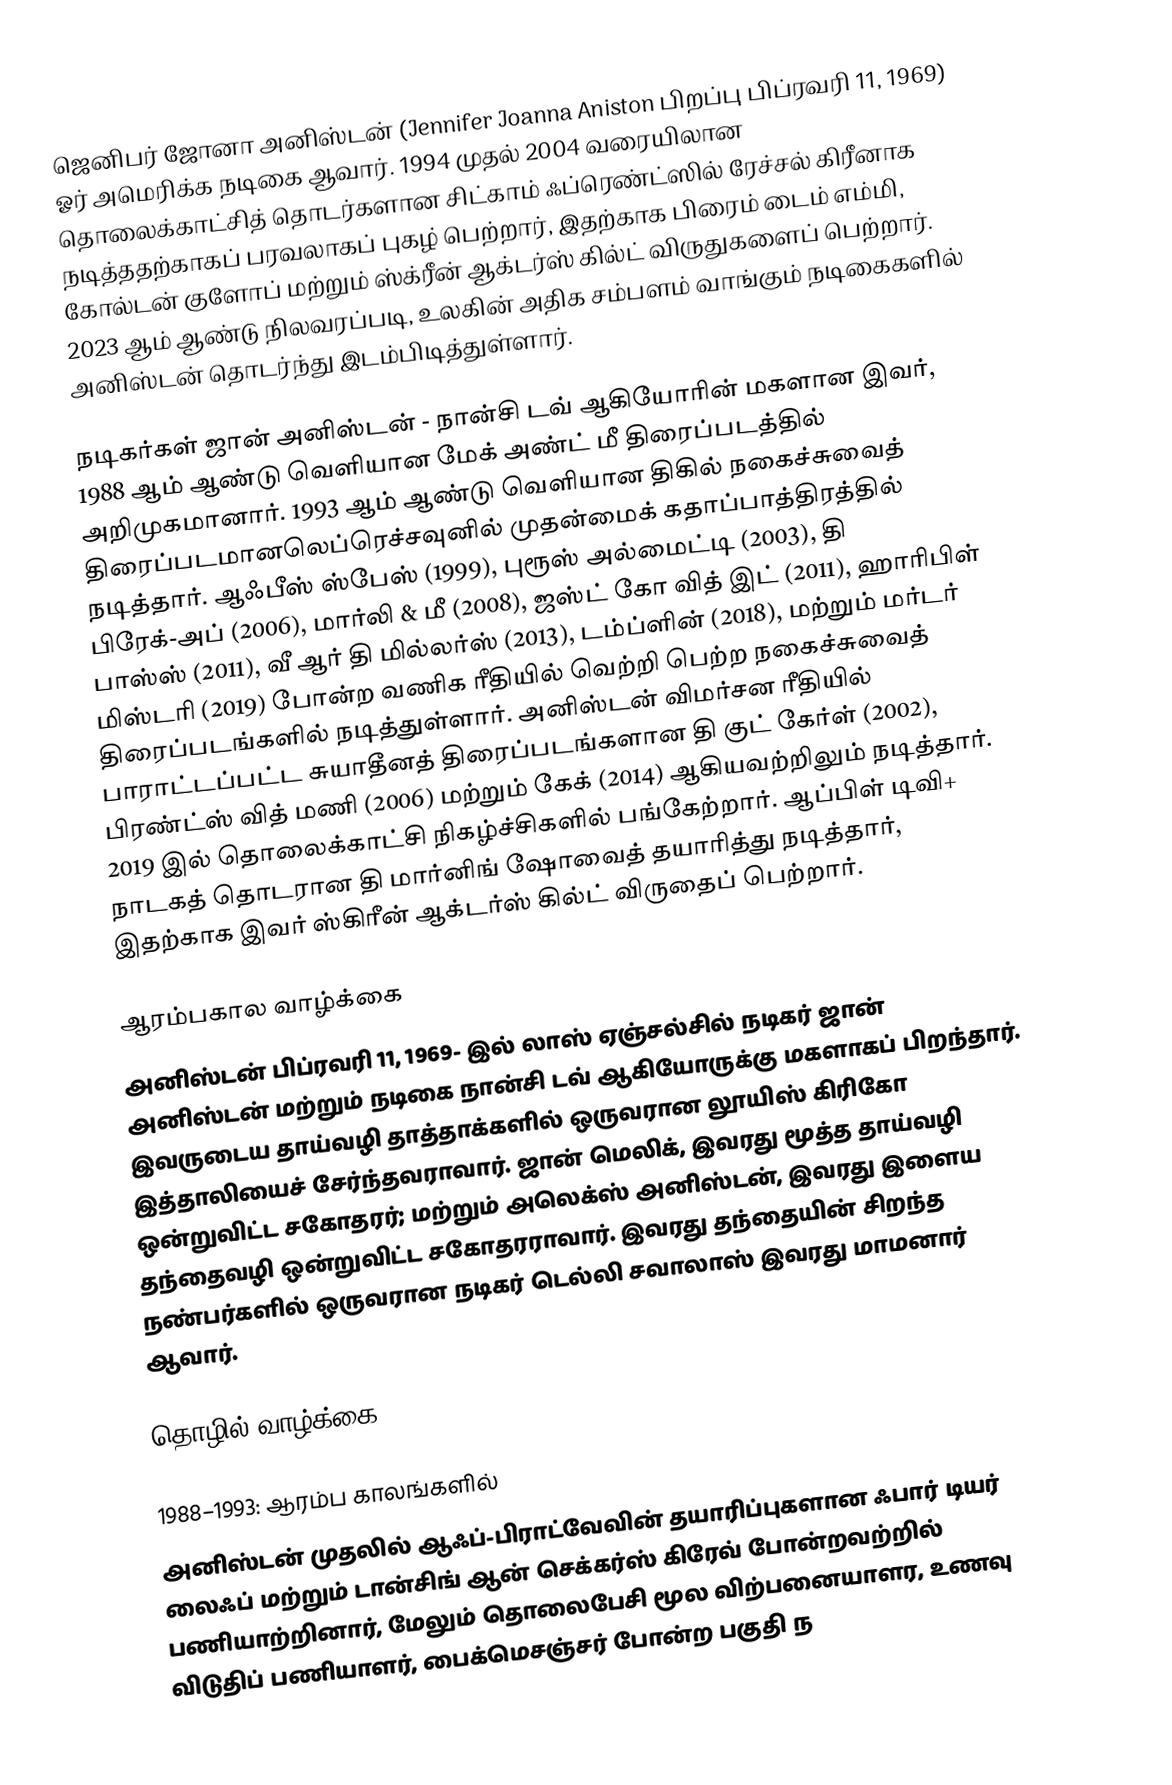
ஜெனிபர் ஜோனா அனிஸ்டன் (Jennifer Joanna Aniston பிறப்பு பிப்ரவரி 11, 1969) ஓர் அமெரிக்க நடிகை ஆவார். 1994 முதல் 2004 வரையிலான தொலைக்காட்சித் தொடர்களான சிட்காம் ஃப்ரெண்ட்ஸில் ரேச்சல் கிரீனாக நடித்ததற்காகப் பரவலாகப் புகழ் பெற்றார், இதற்காக பிரைம் டைம் எம்மி, கோல்டன் குளோப் மற்றும் ஸ்க்ரீன் ஆக்டர்ஸ் கில்ட் விருதுகளைப் பெற்றார். 2023 ஆம் ஆண்டு நிலவரப்படி, உலகின் அதிக சம்பளம் வாங்கும் நடிகைகளில் அனிஸ்டன் தொடர்ந்து இடம்பிடித்துள்ளார்.

நடிகர்கள் ஜான் அனிஸ்டன் - நான்சி டவ் ஆகியோரின் மகளான இவர், 1988 ஆம் ஆண்டு வெளியான மேக் அண்ட் மீ  திரைப்படத்தில் அறிமுகமானார். 1993 ஆம் ஆண்டு வெளியான திகில் நகைச்சுவைத் திரைப்படமானலெப்ரெச்சவுனில் முதன்மைக் கதாப்பாத்திரத்தில் நடித்தார். ஆஃபீஸ் ஸ்பேஸ் (1999), புரூஸ் அல்மைட்டி (2003), தி பிரேக்-அப் (2006), மார்லி & மீ (2008), ஜஸ்ட் கோ வித் இட் (2011), ஹாரிபிள் பாஸ்ஸ்  (2011), வீ ஆர் தி மில்லர்ஸ் (2013), டம்ப்ளின் (2018), மற்றும் மர்டர் மிஸ்டரி (2019) போன்ற வணிக ரீதியில் வெற்றி பெற்ற நகைச்சுவைத் திரைப்படங்களில் நடித்துள்ளார். அனிஸ்டன் விமர்சன ரீதியில் பாராட்டப்பட்ட சுயாதீனத் திரைப்படங்களான தி குட் கேர்ள் (2002), பிரண்ட்ஸ் வித் மணி (2006) மற்றும் கேக் (2014) ஆகியவற்றிலும் நடித்தார். 2019 இல் தொலைக்காட்சி நிகழ்ச்சிகளில் பங்கேற்றார். ஆப்பிள் டிவி+ நாடகத் தொடரான தி மார்னிங் ஷோவைத் தயாரித்து நடித்தார், இதற்காக இவர் ஸ்கிரீன் ஆக்டர்ஸ் கில்ட் விருதைப் பெற்றார்.

ஆரம்பகால வாழ்க்கை
அனிஸ்டன் பிப்ரவரி 11, 1969- இல் லாஸ் ஏஞ்சல்சில்    நடிகர் ஜான் அனிஸ்டன் மற்றும் நடிகை நான்சி டவ் ஆகியோருக்கு மகளாகப் பிறந்தார்.  இவருடைய தாய்வழி தாத்தாக்களில் ஒருவரான லூயிஸ் கிரிகோ இத்தாலியைச் சேர்ந்தவராவார்.  ஜான் மெலிக், இவரது மூத்த தாய்வழி ஒன்றுவிட்ட சகோதரர்; மற்றும் அலெக்ஸ் அனிஸ்டன், இவரது இளைய தந்தைவழி ஒன்றுவிட்ட சகோதரராவார்.  இவரது தந்தையின் சிறந்த நண்பர்களில் ஒருவரான நடிகர் டெல்லி சவாலாஸ் இவரது மாமனார் ஆவார்.

தொழில் வாழ்க்கை

1988–1993: ஆரம்ப காலங்களில்
அனிஸ்டன் முதலில் ஆஃப்-பிராட்வேவின் தயாரிப்புகளான ஃபார் டியர் லைஃப் மற்றும் டான்சிங் ஆன் செக்கர்ஸ் கிரேவ் போன்றவற்றில் பணியாற்றினார்,  மேலும் தொலைபேசி மூல விற்பனையாளர, உணவு விடுதிப் பணியாளர், பைக்மெசஞ்சர் போன்ற பகுதி ந